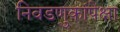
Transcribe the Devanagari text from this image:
निवडणुकांपेक्षा